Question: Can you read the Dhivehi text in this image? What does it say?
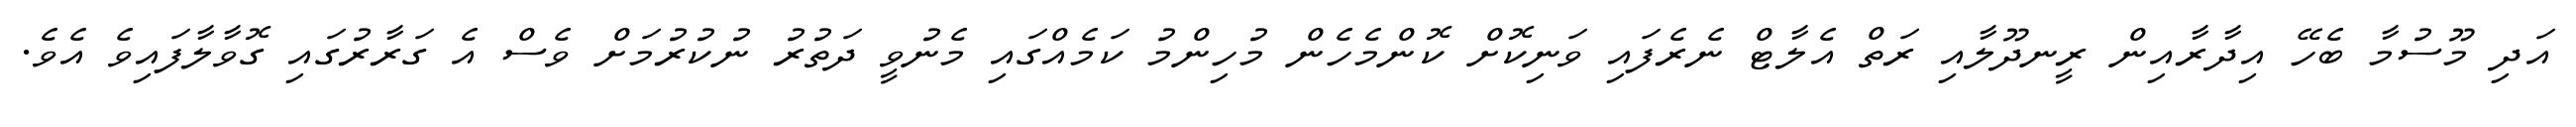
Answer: އަދި މޫސުމާ ބެހޭ އިދާރާއިން ރީނދޫލާއި ރަތް އެލާޓް ނެރެފައި ވަނިކޮށް ކޮންމެހެން މުހިންމު ކަމެއްގައި މެނުވީ ދަތުރު ނުކުރުމަށް ވެސް އެ ގަރާރުގައި ގޮވާލާފައިވެ އެވެ.